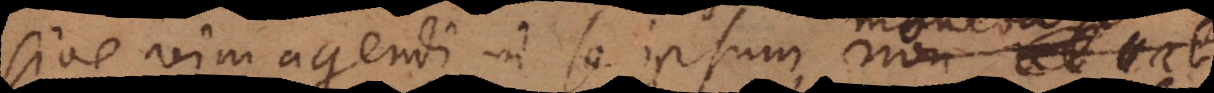
sive vim agendi ad se ipsum monebam